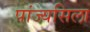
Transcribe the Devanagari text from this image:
पांज्यसिला